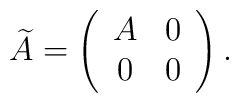
\widetilde{A} = \left(\begin{array}{cc} A & 0 \\ 0 & 0\end{array}\right).